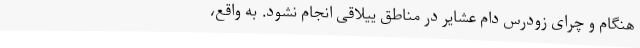
هنگام و چرای زودرس دام عشایر در مناطق ییلاقی انجام نشود. به واقع،